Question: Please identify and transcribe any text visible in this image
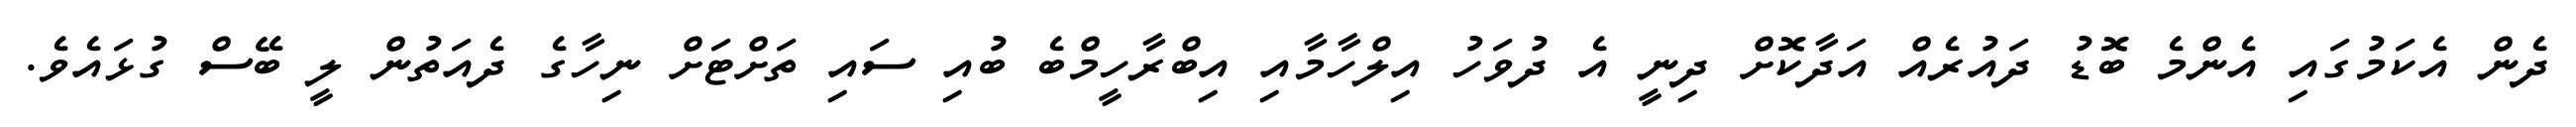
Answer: ދެން އެކަމުގައި އެންމެ ބޮޑު ދައުރެއް އަދާކޮށް ދިނީ އެ ދުވަހު އިލްހާމާއި އިބްރާހީމްބެ ބުއި ސައި ތަށްޓަށް ނިހާގެ ދެއަތުން ލީ ބޭސް ގުޅައެވެ.